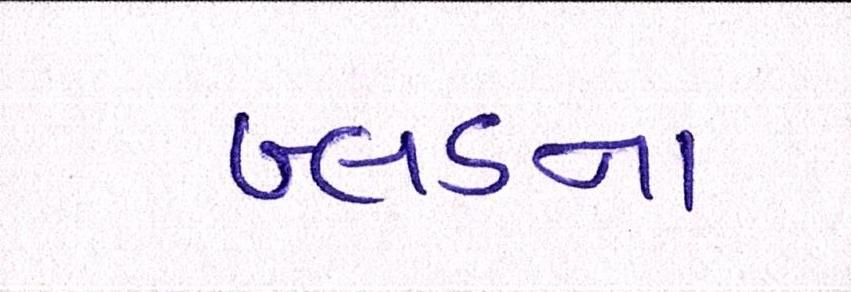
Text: બ્લડના